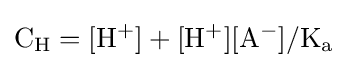
\mathrm {C_{H}=[H^{+}]+[H^{+}][A^{-}]/K_{a}}